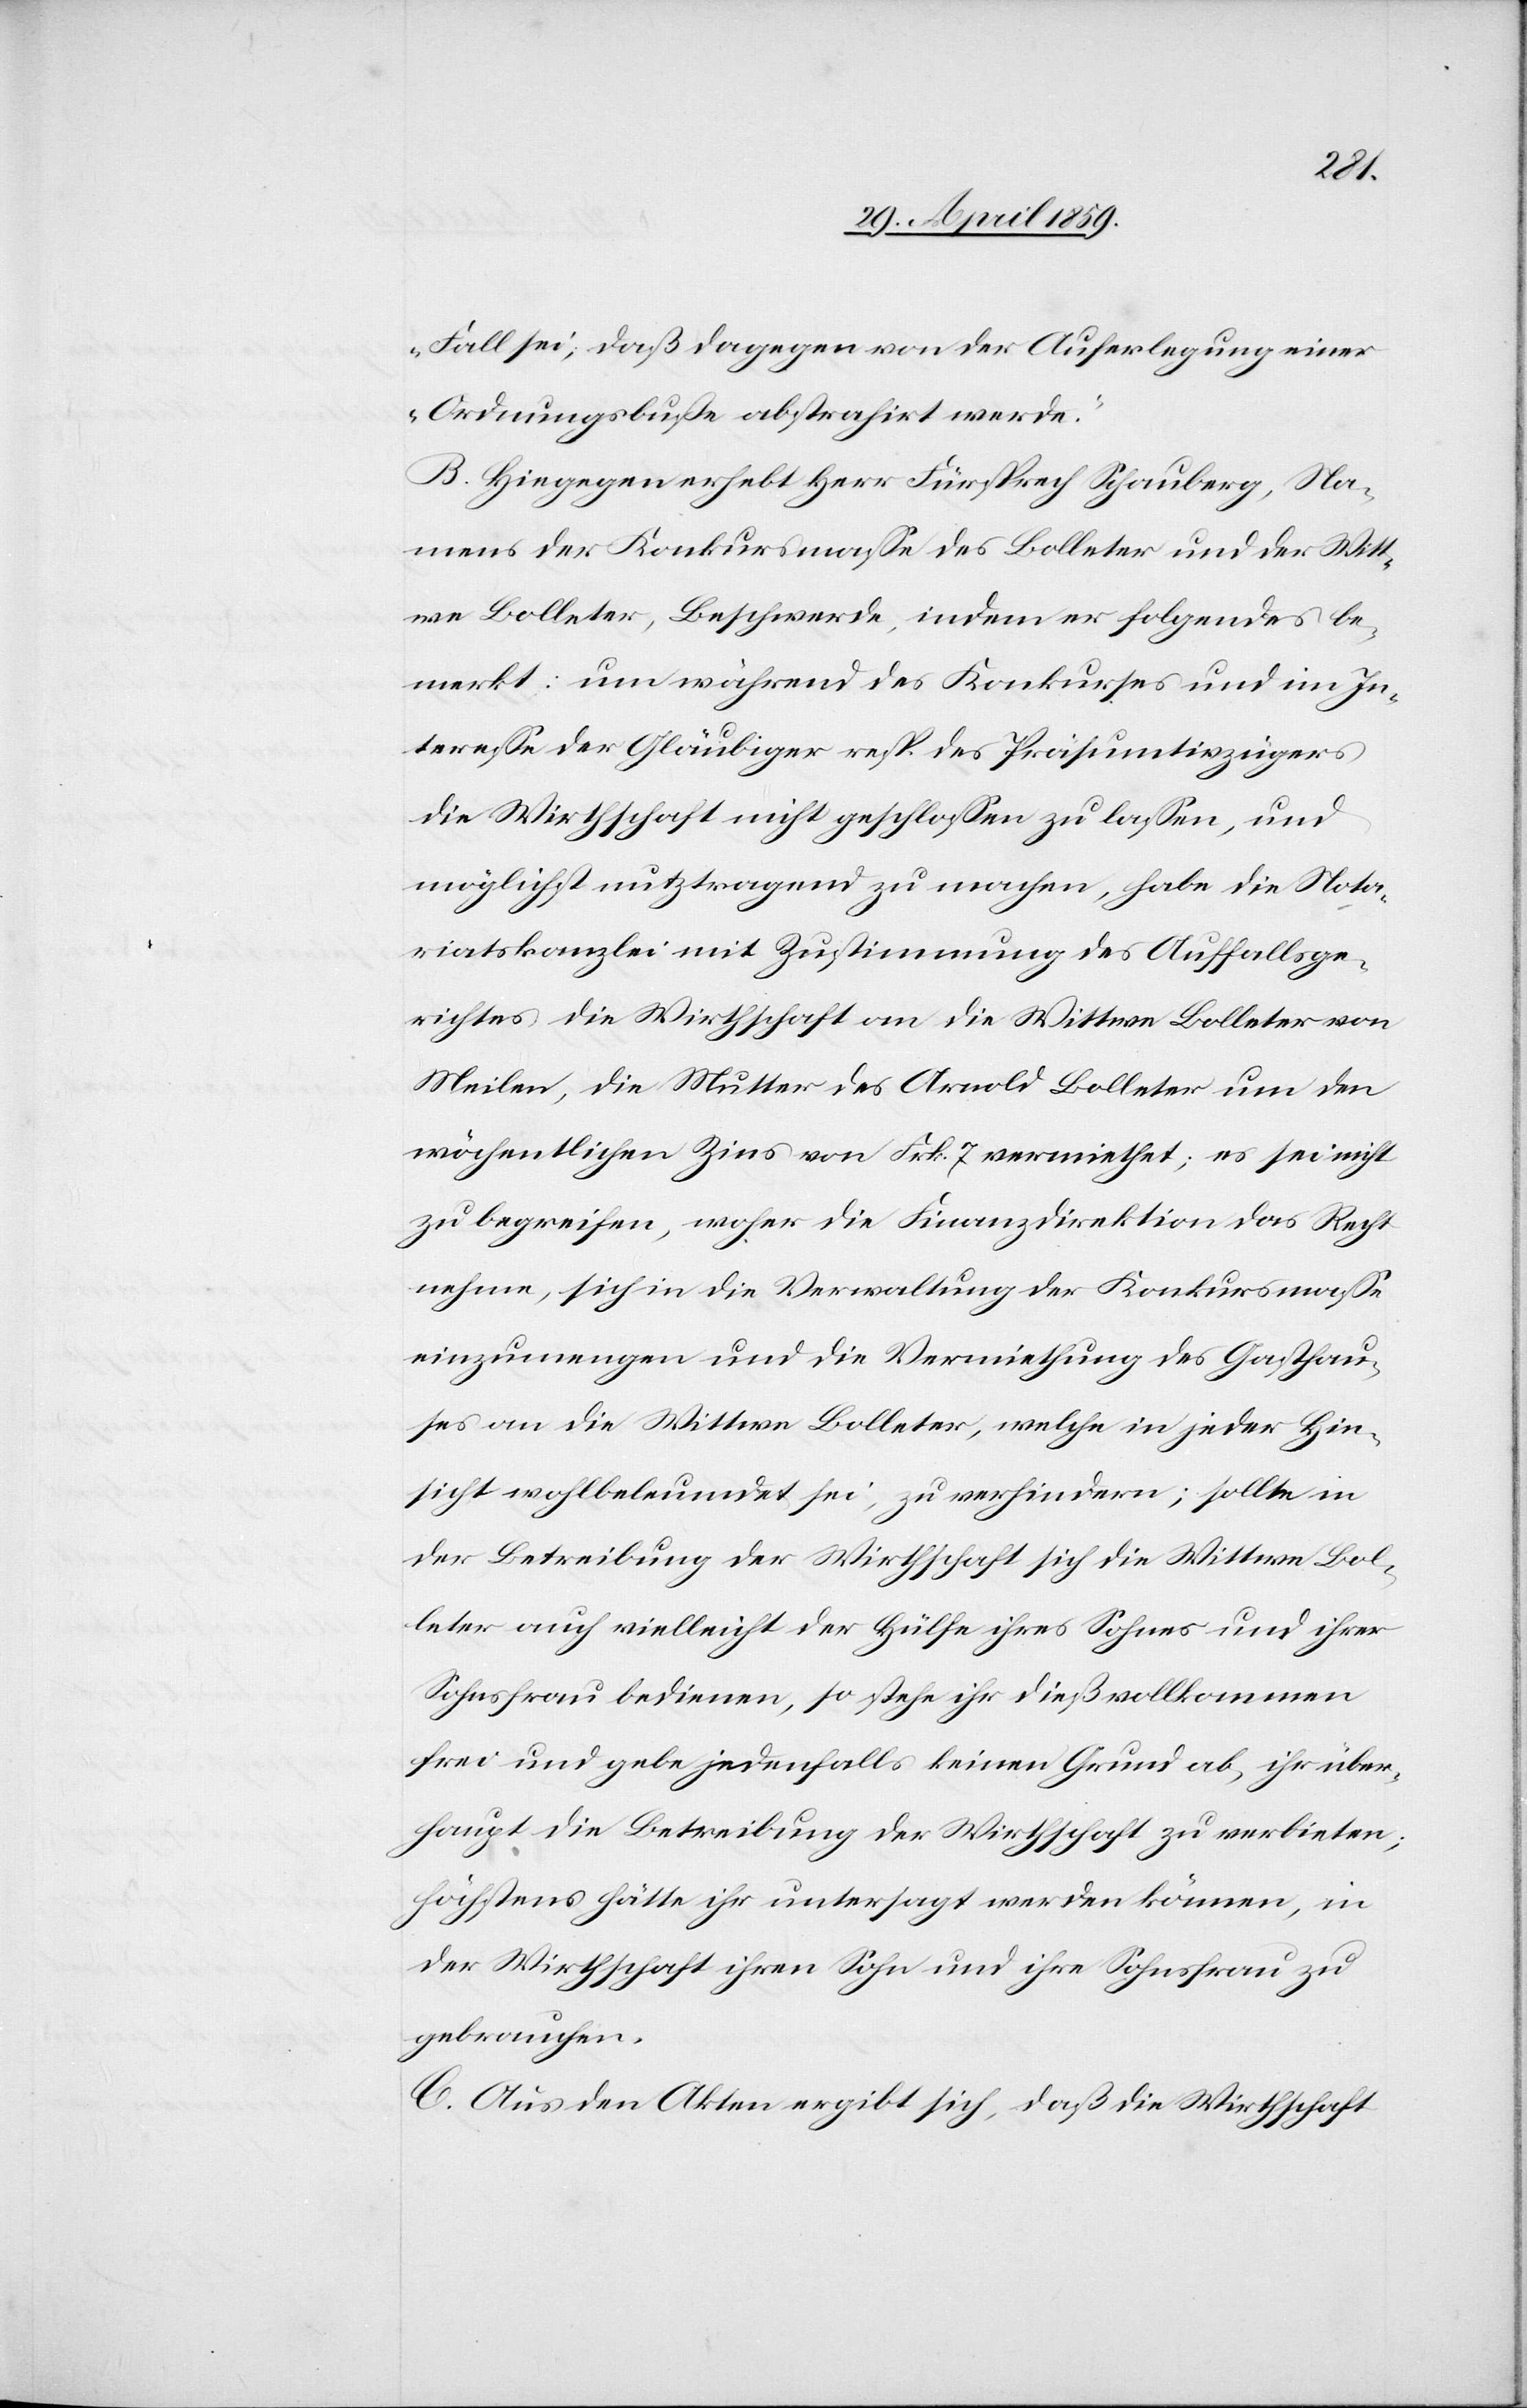
Fall sei, daß dagegen von der Auferlegung einer
Ordnungsbuße abstrahirt werde.“
B. Hingegen erhebt Herr Fürsprech Schauberg, Na¬
mens der Konkursmaße des Bolleter und der Witt¬
we Bolleter, Beschwerde, indem er folgendes be¬
merkt: um während des Konkurses und im In¬
tereße der Gläubiger resp. des Präsumtivzügers
die Wirthschaft nicht geschloßen zu laßen, und
möglichst nutztragend zu machen, habe die Nota¬
riatskanzlei mit Zustimmung des Auffallsge¬
richtes die Wirthschaft an die Wittwe Bolleter von
Meilen, die Mutter des Arnold Bolleter um den
wöchentlichen Zins von Frk. 7 vermiethet; es sei nicht
zu begreifen, woher die Finanzdirektion das Recht
nehme, sich in die Verwaltung der Konkursmaße
einzumengen und die Vermiethung des Gasthau¬
ses an die Wittwe Bolleter, welche in jeder Hin¬
sicht wohlbeleumdet sei, zu verhindern; sollte in
der Betreibung der Wirthschaft sich die Wittwe Bol¬
leter auch vielleicht der Hülfe ihres Sohnes und ihrer
Sohnsfrau bedienen, so stehe ihr dieß vollkommen
frei und gebe jedenfalls keinen Grund ab, ihr über¬
haupt die Betreibung der Wirthschaft zu verbieten;
höchstens hätte ihr untersagt werden können, in
der Wirthschaft ihren Sohn und ihre Sohnsfrau zu
gebrauchen.
C. Aus den Akten ergibt sich, daß die Wirthschaft